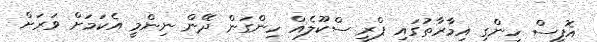
އޮފީސް ހިންގި އިމާރާތުގައި ޕްރީ ސްކޫލެއް ހިންގަން ދޭން ނިންމީ އެކަމަށް ވަރަށް